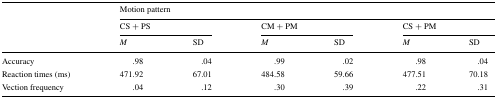
| <ROWSPAN=3>  | <COLSPAN=6> Motion pattern |
 | <COLSPAN=2> CS + PS | <COLSPAN=2> CM + PM | <COLSPAN=2> CS + PM |
 | M | SD | M | SD | M | SD |
 | --- | --- | --- | --- | --- | --- | --- |
 | Accuracy | .98 | .04 | .99 | .02 | .98 | .04 |
 | Reaction times (ms) | 471.92 | 67.01 | 484.58 | 59.66 | 477.51 | 70.18 |
 | Vection frequency | .04 | .12 | .30 | .39 | .22 | .31 |